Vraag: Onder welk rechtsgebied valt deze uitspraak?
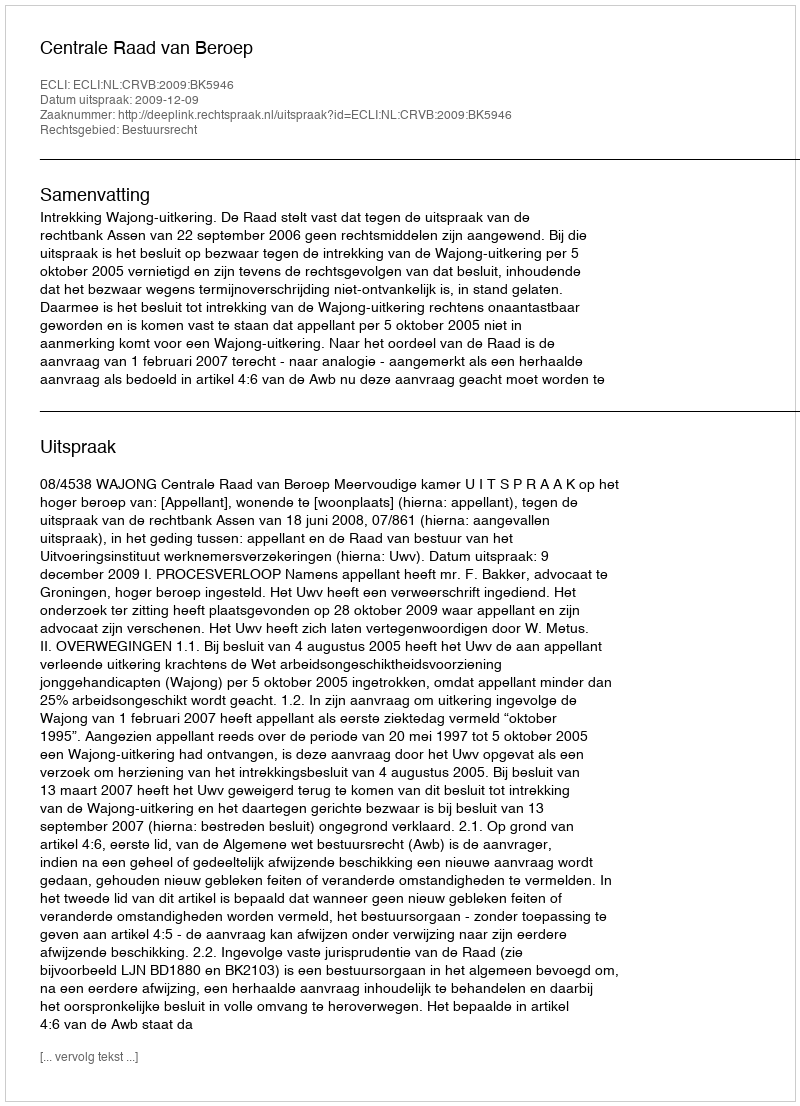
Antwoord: Bestuursrecht